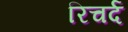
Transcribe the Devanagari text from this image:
रिचर्द